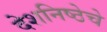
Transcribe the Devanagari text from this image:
देशनिष्ठेचे